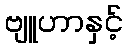
ဗျူဟာနှင့်